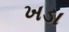
ખડા